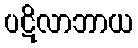
ပဋိလာဘာယ